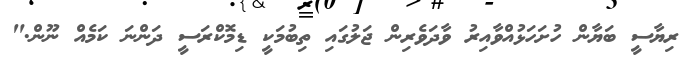
ރިޔާސީ ބަޔާން ހުށަހަޅުއްވާއިރު ވާދަވެރިން ޖަލުގައި ތިބުމަކީ ޑިމޮކްރަސީ ދަންނަ ކަމެއް ނޫން."